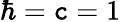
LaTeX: \hbar=\mathtt{c}=1